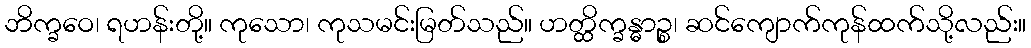
ဘိက္ခဝေ၊ ရဟန်းတို့။ ကုသော၊ ကုသမင်းမြတ်သည်။ ဟတ္ထိက္ခန္ဓာဉ္စ၊ ဆင်ကျောက်ကုန်ထက်သို့လည်း။